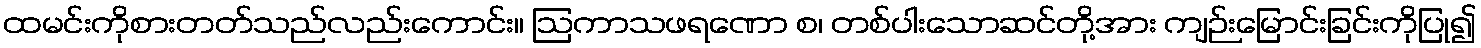
ထမင်းကိုစားတတ်သည်လည်းကောင်း။ ဩကာသဖရဏော စ၊ တစ်ပါးသောဆင်တို့အား ကျဉ်းမြောင်းခြင်းကိုပြု၍